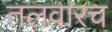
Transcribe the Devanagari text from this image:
तलवारच